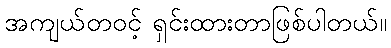
အကျယ်တဝင့် ရှင်းထားတာဖြစ်ပါတယ်။